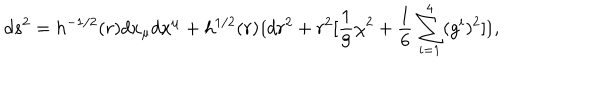
d s ^ { 2 } = h ^ { - 1 / 2 } ( r ) d x _ { \mu } d x ^ { \mu } + h ^ { 1 / 2 } ( r ) \lgroup d r ^ { 2 } + r ^ { 2 } [ { \frac { 1 } { 9 } } \chi ^ { 2 } + { \frac { 1 } { 6 } } \sum _ { i = 1 } ^ { 4 } ( g ^ { i } ) ^ { 2 } ] \rgroup ,